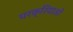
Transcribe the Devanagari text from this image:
परक्रियाओं